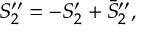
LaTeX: S _ { 2 } ^ { \prime \prime } = - S _ { 2 } ^ { \prime } + \bar { S } _ { 2 } ^ { \prime \prime } ,